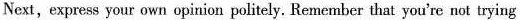
Next, express your own opinion politely. Remember that you're not trying